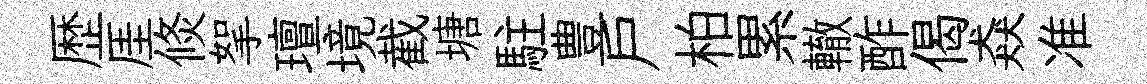
歴厓倐挐璮境截塘駐豊户柏累轍酢偈猋准